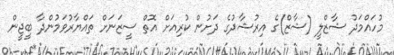
މުހައްމަދު ޝާޒްލީ (ޝާޒް)ގެ އިރުޝާދުގެ ދަށުން ކުރިއަށް އޮތް ސީޒަނަށް ތައްޔާރުވަމުންދާ ބީޖީން